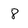
Character: 8